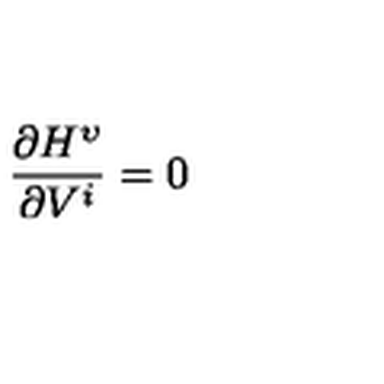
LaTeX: \frac { \partial H ^ { \upsilon } } { \partial V ^ { i } } = 0